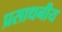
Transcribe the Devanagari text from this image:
प्रसाधनीय